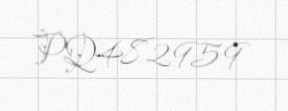
PQ482959